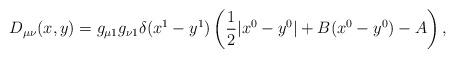
LaTeX: \begin{align*}D_{\mu \nu } (x,y) = g_{\mu 1} g_{\nu 1} \delta (x^1 - y^1)\left( {\frac{1}{2}|x^0 - y^0 | + B(x^0 - y^0 ) - A} \right),\end{align*}